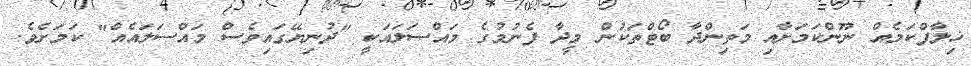
ޚިލާފްކަމެއް ނޫންކަމަށާއި މަތިންދާ ބޯޓްތަކުން މީދާ ފެނުމުގެ މައްސަލައަކީ "ދުނިޔޭގައިވެސް މައްސަލައެއް" ކަމަށެވެ.